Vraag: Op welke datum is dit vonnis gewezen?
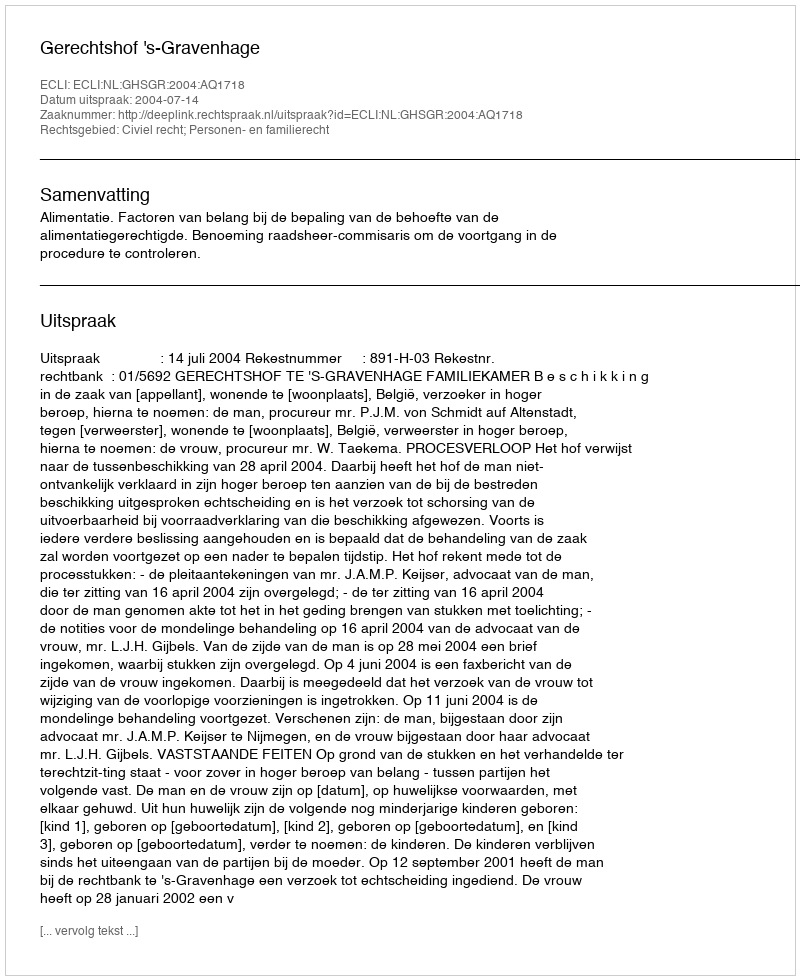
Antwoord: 2004-07-14